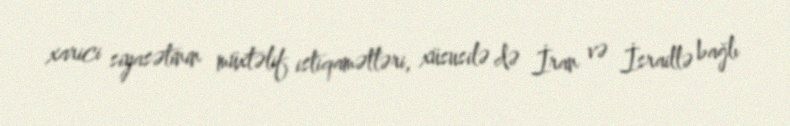
xarici siyasətinin müxtəlif istiqamətləri, xüsusilə də İran və İsraillə bağlı